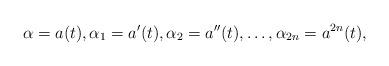
LaTeX: \begin{align*}\alpha = a(t), \alpha_1 = a'(t), \alpha_2= a''(t), \dots, \alpha_{2n} = a^{2n}(t), \end{align*}